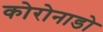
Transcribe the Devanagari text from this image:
कोरोनाडो